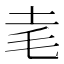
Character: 𰉝